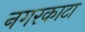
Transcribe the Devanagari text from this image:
नगरकाटा